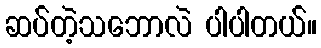
ဆပ်တဲ့သဘောလဲ ပါပါတယ်။